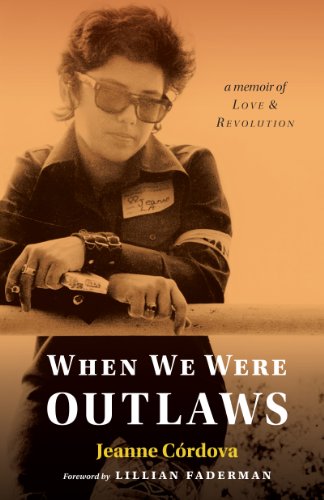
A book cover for When We Were Outlaws; Jeanne Cordova; Gay & Lesbian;